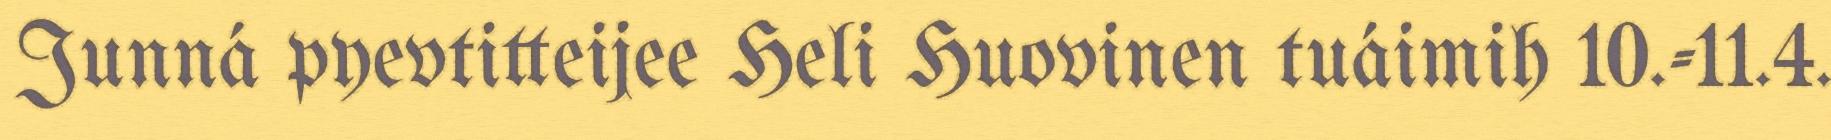
Junná pyevtitteijee Heli Huovinen tuáimih 10.-11.4.